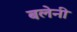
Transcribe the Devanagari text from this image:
बलेनी